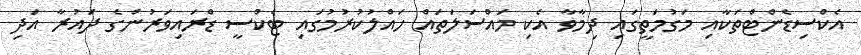
އެކްސިޑެންޓްތަކާއި މަގުމަތީގައި ދިމާވާ އެކި މައްސަލަތައް ހައްލުކުރުމުގައި ޓެކްސީ ޑްރައިވަރުންގެ ދައުރާ އަދި